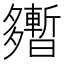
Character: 𡗎